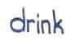
drink